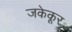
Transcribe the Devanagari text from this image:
जकेकूर